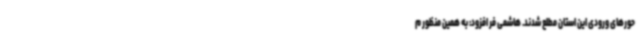
حورهای ورودی این استان مطلع شدند. هاشمی فر افزود: به همین منظور م